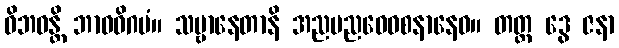
ဝိဘဝန္တိ ဘာဝဝိဂမံ။ သဗ္ဗာနေတာနိ အညမညဝေဝစနာနေဝ။ တတ္ထ ဒွေ ဇနာ